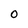
Character: 0